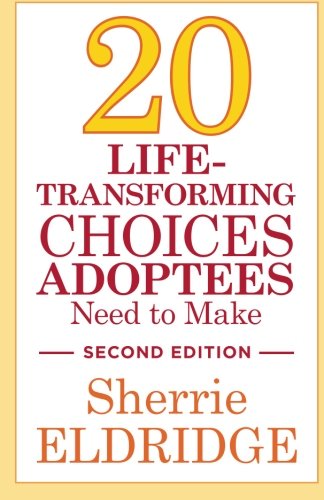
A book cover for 20 Life-Transforming Choices Adoptees Need to Make, Second Edition; Sherrie Eldridge; Parenting & Relationships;